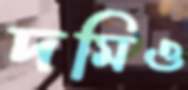
দমিও